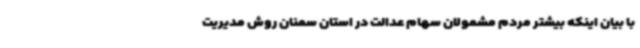
با بیان اینکه بیشتر مردم مشمولان سهام عدالت در استان سمنان روش مدیریت